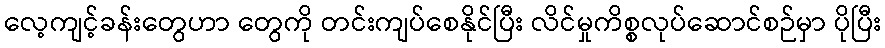
လေ့ကျင့်ခန်းတွေဟာ တွေကို တင်းကျပ်စေနိုင်ပြီး လိင်မှုကိစ္စလုပ်ဆောင်စဉ်မှာ ပိုပြီး